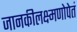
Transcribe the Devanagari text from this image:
जानकीलक्ष्मणोपेतं